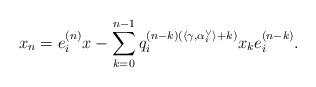
LaTeX: \begin{align*}x_n=e_i^{(n)}x-\sum_{k=0}^{n-1}q_i^{(n-k)(\langle\gamma,\alpha_i^\vee\rangle+k)}x_ke_i^{(n-k)}.\end{align*}